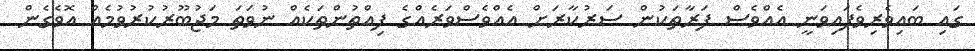
ގައި ބައިވެރިވެފައިވަނީ އެއްވެސް ފަރާތަކުން ސަރުކާރަށް އެއްވެސްވަރެއްގެ ފިއްތުންތަކެއް ނުވަތަ މަޖުބޫރުކުރުވުމެއް އޮވެގެން